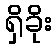
ရှိခိုး